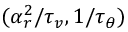
( \alpha _ { r } ^ { 2 } / \tau _ { v } , 1 / \tau _ { \theta } )